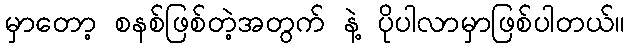
မှာတော့ စနစ်ဖြစ်တဲ့အတွက် နဲ့ ပိုပါလာမှာဖြစ်ပါတယ်။